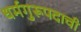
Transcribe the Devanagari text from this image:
धर्मगुरूपदाची